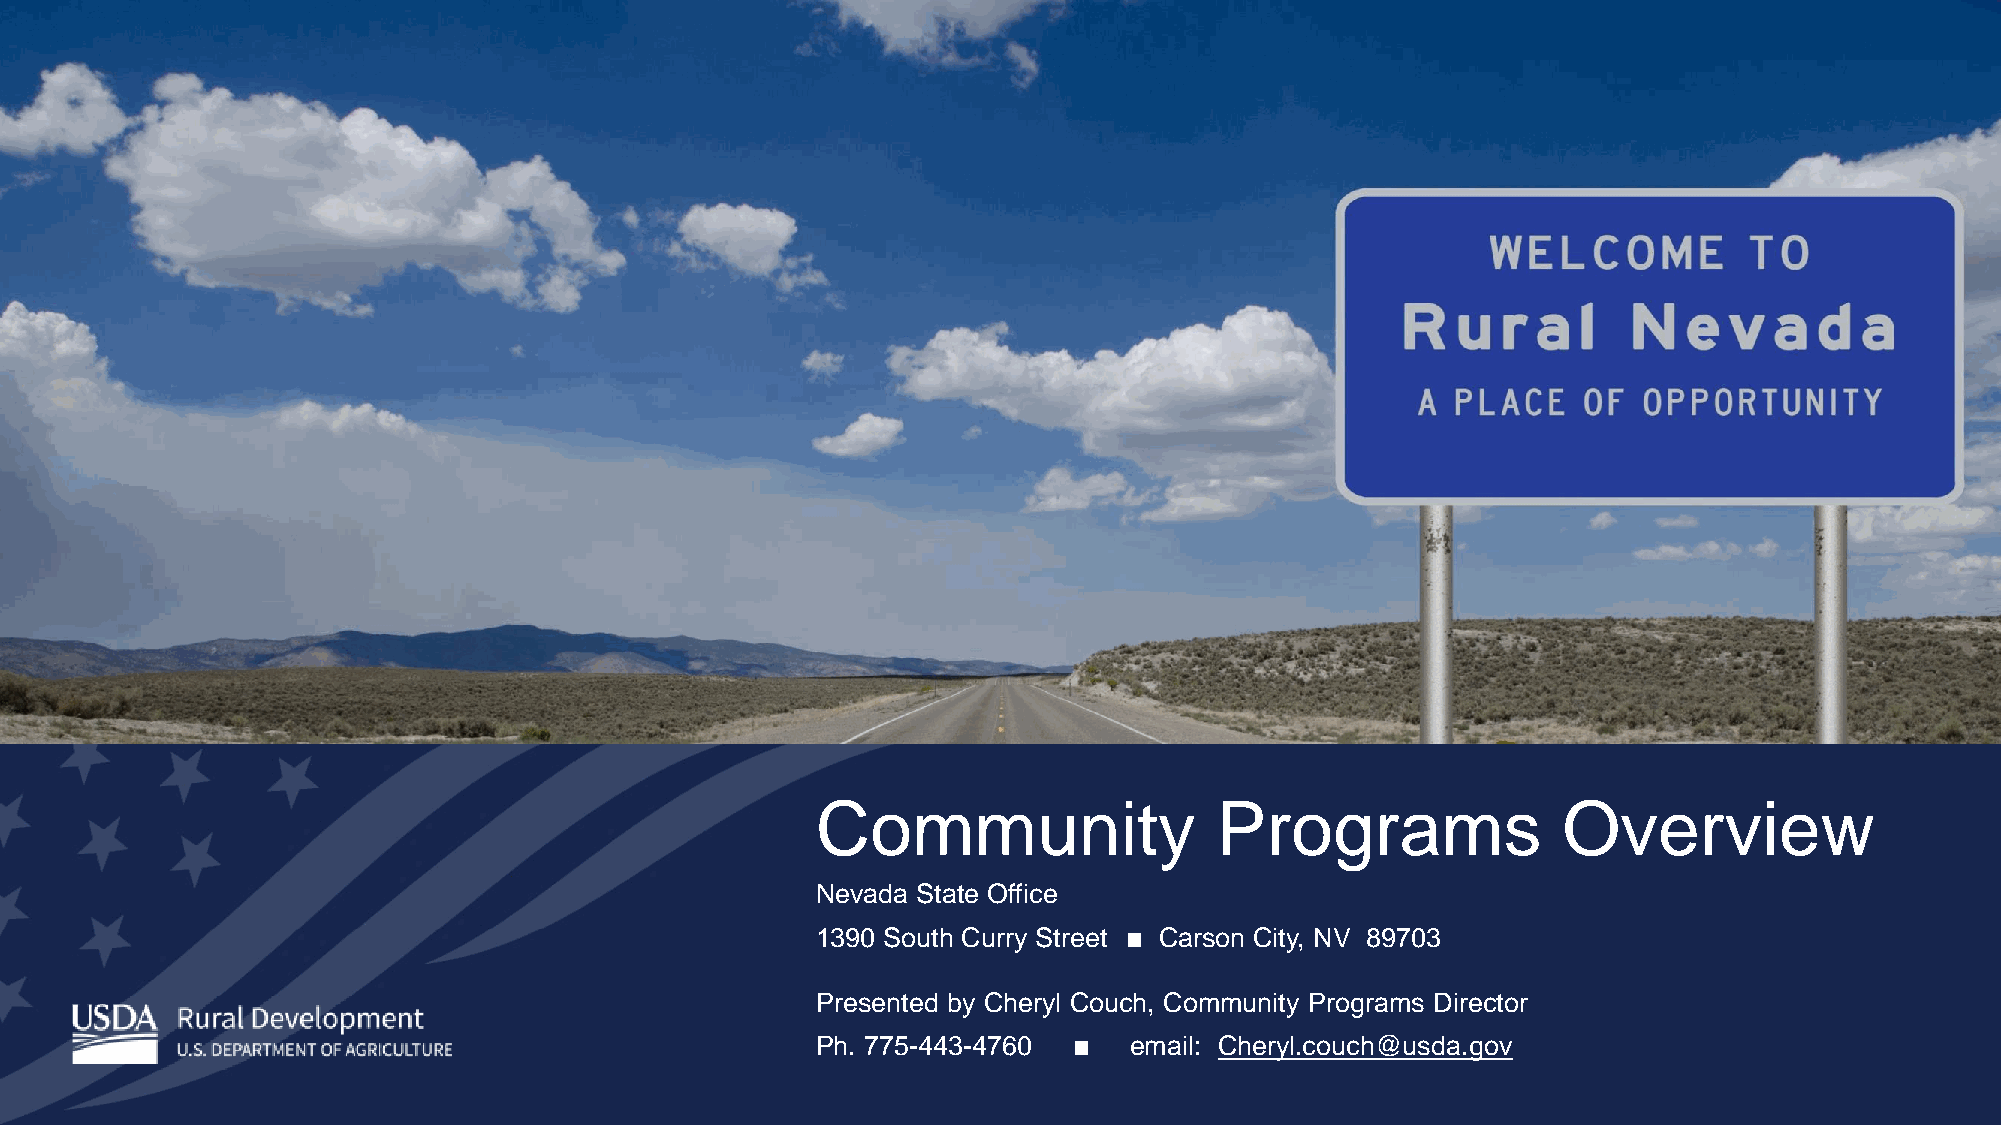
Community                 Programs               Overview
 Nevada State Office
 1390 South Curry Street ∎ Carson City, NV 89703
 Presented by Cheryl Couch, Community Programs Director
 Ph. 775-443-4760 ∎   email: Cheryl.couch@usda.gov